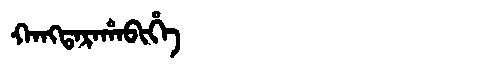
Manchu: ᡴᠠᠩᡨᠠᡵᠠᡥᠠᠪᡳᡥᡝ
Romanization: KANGTARAHABIHE